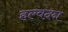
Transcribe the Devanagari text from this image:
हल्वदन